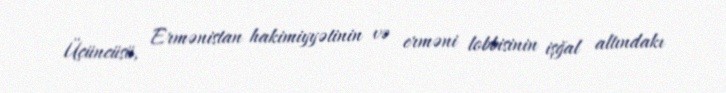
Üçüncüsü, Ermənistan hakimiyyətinin və erməni lobbisinin işğal altındakı